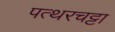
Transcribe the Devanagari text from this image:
पत्थरचट्टा